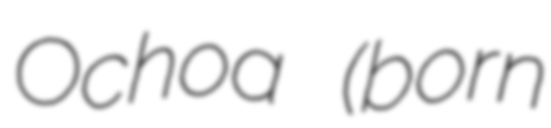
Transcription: Ochoa (born